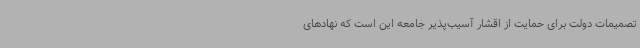
تصمیمات دولت برای حمایت از اقشار آسیب‌پذیر جامعه این است که نهادهای